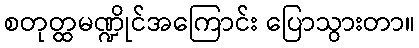
စတုတ္ထမဏ္ဍိုင်အကြောင်း ပြောသွားတာ။